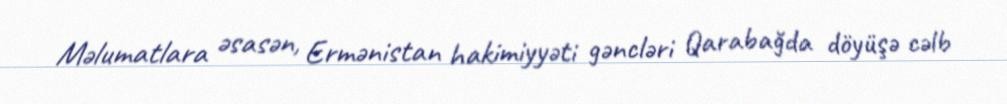
Məlumatlara əsasən, Ermənistan hakimiyyəti gəncləri Qarabağda döyüşə cəlb